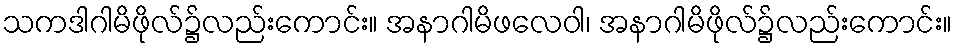
သကဒါဂါမိဖိုလ်၌လည်းကောင်း။ အနာဂါမိဖလေဝါ၊ အနာဂါမိဖိုလ်၌လည်းကောင်း။